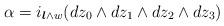
LaTeX: \begin{align*}\alpha=i_{\boldsymbol{l}\wedge w}(dz_0\wedge dz_1\wedge dz_2\wedge dz_3)\end{align*}